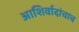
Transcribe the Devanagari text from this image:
आशिर्वादांचाच